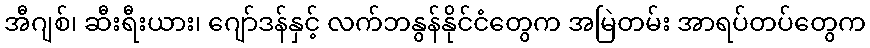
အီဂျစ်၊ ဆီးရီးယား၊ ဂျော်ဒန်နှင့် လက်ဘနွန်နိုင်ငံတွေက အမြဲတမ်း အာရပ်တပ်တွေက